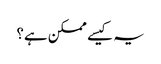
یہ کیسے ممکن ہے؟